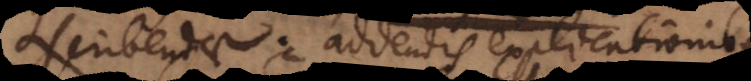
ascribendae, addendis explicationibus.